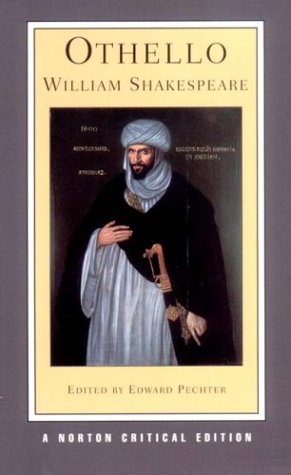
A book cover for Othello (Norton Critical Editions); William Shakespeare; Literature & Fiction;